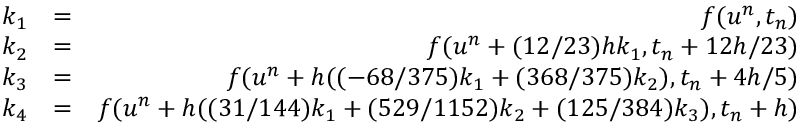
\begin{array} { r l r } { k _ { 1 } } & { = } & { f ( u ^ { n } , t _ { n } ) } \\ { k _ { 2 } } & { = } & { f ( u ^ { n } + ( 1 2 / 2 3 ) h k _ { 1 } , t _ { n } + 1 2 h / 2 3 ) } \\ { k _ { 3 } } & { = } & { f ( u ^ { n } + h ( ( - 6 8 / 3 7 5 ) k _ { 1 } + ( 3 6 8 / 3 7 5 ) k _ { 2 } ) , t _ { n } + 4 h / 5 ) } \\ { k _ { 4 } } & { = } & { f ( u ^ { n } + h ( ( 3 1 / 1 4 4 ) k _ { 1 } + ( 5 2 9 / 1 1 5 2 ) k _ { 2 } + ( 1 2 5 / 3 8 4 ) k _ { 3 } ) , t _ { n } + h ) } \end{array}